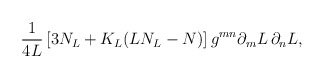
\begin{align*}\frac{1}{4L} \left[ 3 N_L + K_L ( L N_L - N) \right]g^{mn} \partial_m L \, \partial_n L,\end{align*}